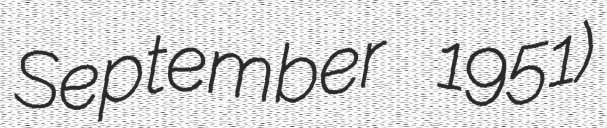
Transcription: September 1951)